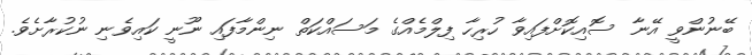
ބޭނުންވީ އޭނާ ސޮއިކޮށްފައިވާ ހުރިހާ ފިލްމެއްގެ މަސައްކަތް ނިންމާފައި ނޫނީ ކައިވެނި ނުކުރާށެވެ.